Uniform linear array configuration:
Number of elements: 16
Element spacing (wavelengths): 1
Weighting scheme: uniform
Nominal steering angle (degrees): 0
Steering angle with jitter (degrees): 1.192
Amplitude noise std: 0.05
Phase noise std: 0.05

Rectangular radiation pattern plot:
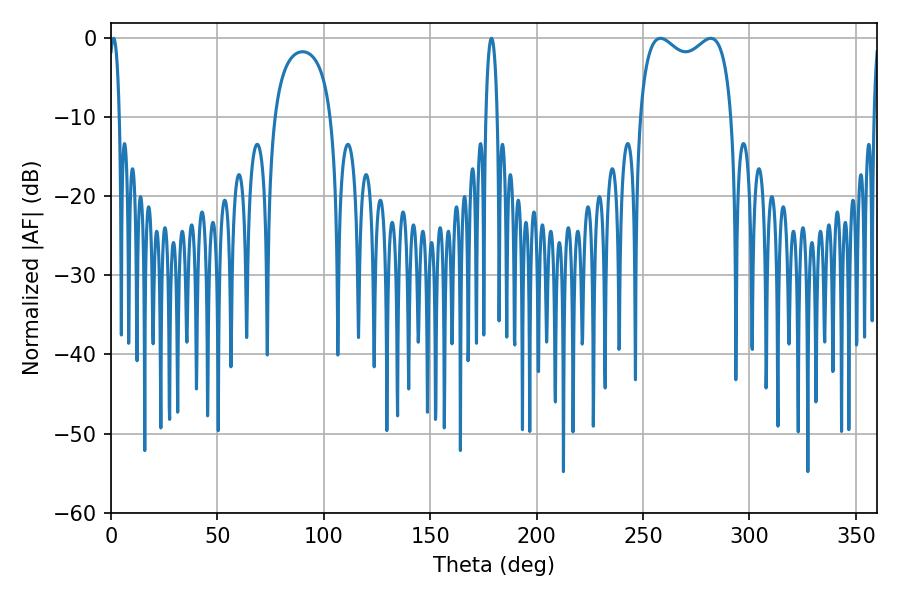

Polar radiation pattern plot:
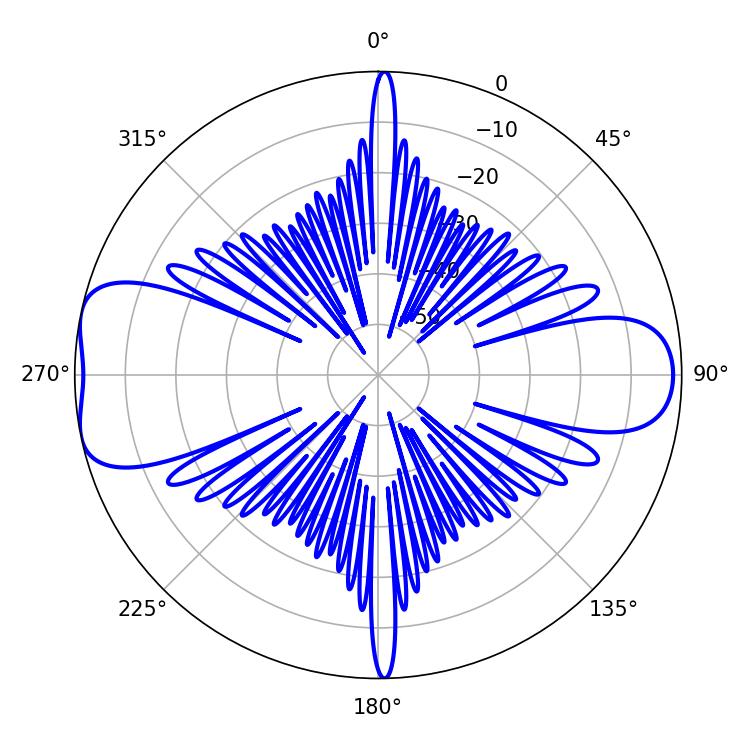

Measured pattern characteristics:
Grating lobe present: TRUE
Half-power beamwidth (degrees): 36
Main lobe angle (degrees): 258.12